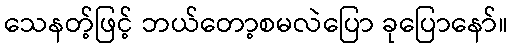
သေနတ့်ဖြင့် ဘယ်တော့စမလဲပြော ခုပြောနော်။